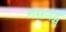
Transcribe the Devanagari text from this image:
गमनट्स